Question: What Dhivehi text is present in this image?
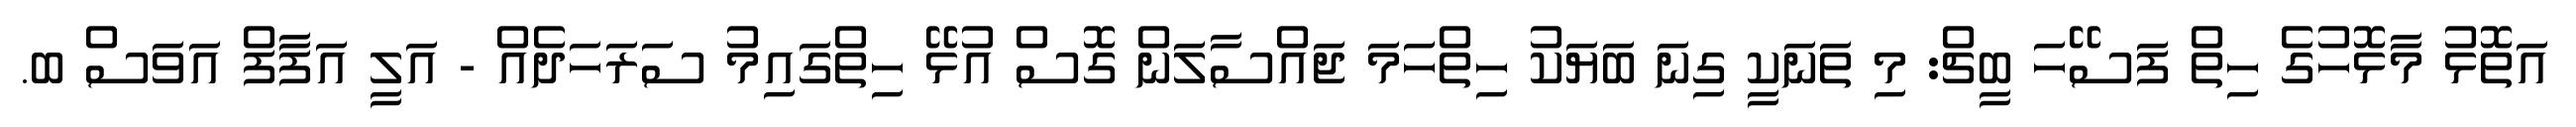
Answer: އަތޮޅު މާޅޮހުގެ ހިތް ފަސޭހަ ބީޗް: މި ތަނަކީ ގިނަ ބަޔަކު ހިތްހަމަ ޖައްސާލަން ގޮސް އުޅޭ ހިތްގައިމު ސަރަހަދެއް - އަލީ އަފާފް އަވަސް ބ.